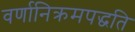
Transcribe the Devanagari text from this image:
वर्णानिक्रमपद्धति